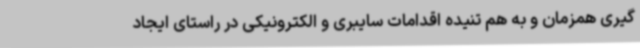
گیری همزمان و به هم تنیده اقدامات سایبری و الکترونیکی در راستای ایجاد